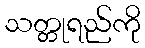
သတ္တုရည်ကို